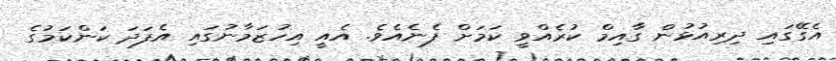
އެގޭގައި ދިރިއުޅުން ގާއިމް ކުރެއްވީ ކަމަށް ފެނެއެވެ. އެއީ އިހުޒަމާނުގައި އެފަދަ ކަންކަމުގެ